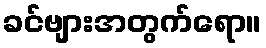
ခင်ဗျားအတွက်ရော။